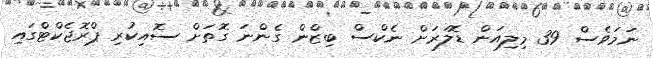
ނަމަވެސް 39 މިލިއަން ޑޮލަރަށް ނެކްސް ބިޒްން ގެންނަ ގޮތަށް ސޮއިކުރި ޕްރޮޖެކްޓްގައި